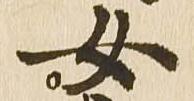
女